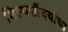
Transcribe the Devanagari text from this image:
शिल्पसौंदर्याचा